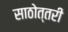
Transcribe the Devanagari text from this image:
साठोत्‍तरी